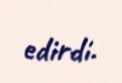
edirdi.